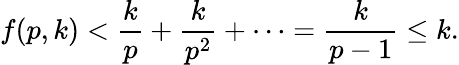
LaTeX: f(p,k)<{\frac{k}{p}}+{\frac{k}{p^{2}}}+\cdots={\frac{k}{p-1}}\leq k.